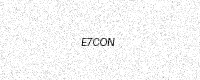
Text: E7CON